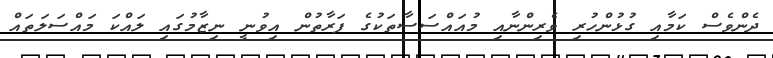
ދެންވެސް ކަމާއި ގުޅުންހުރި ވެރިންނާއި މުއައްސަސާތަކުގެ ފަރާތުން އިވުނީ ނިޒާމުގައި ލައްކަ މައްސަލަތައް